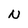
Character: N